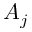
A _ { j }